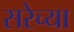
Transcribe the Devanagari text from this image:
सरेच्या